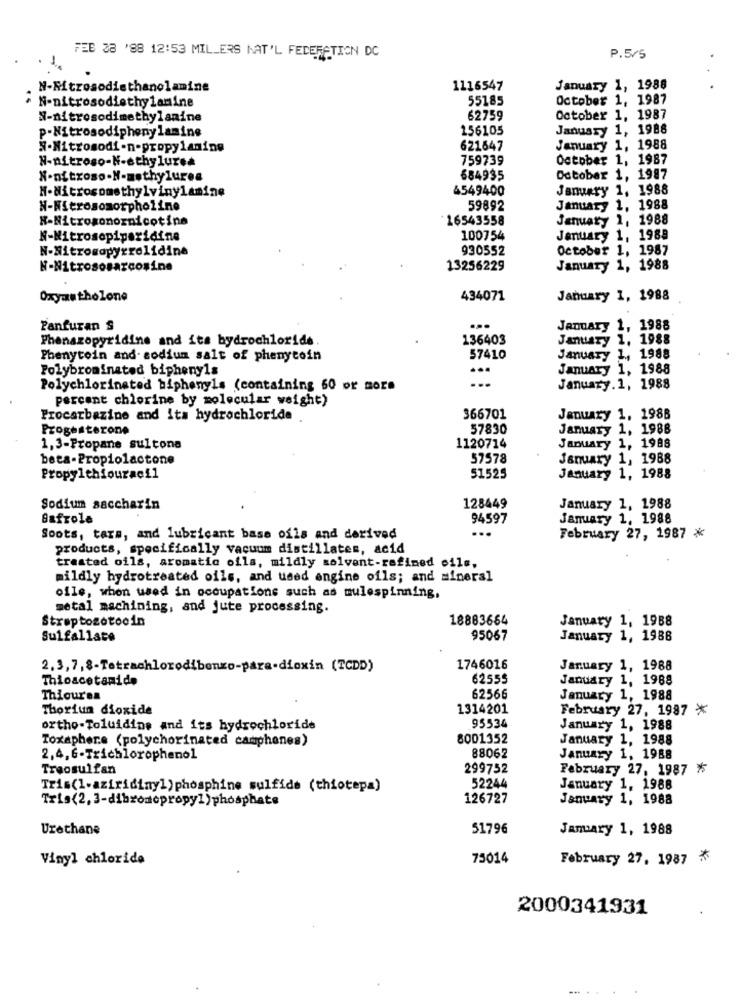
FEB 28 '88 12:53 MILLERS NAT'L FEDERATION DC
P.5/5
N-Nitrosodiethanolamine
1116547
January 1, 1988
N-nitrosodiethylamine
551,85
October 1, 1987
N-nitrosodimethylamine
62759
October 1, 1987
156105
January 1, 1986
p-Nitrosodiphenylamine
N-Nitrosodi -n-propylaming
621847
January 1, 1988
N-nitroso-N-ethylurea
759739
October 1, 1987
N-nitroso-N-methylurea
684935
October 1, 1987
H-Nitrosomsthylvinylamine
6549400
January 1, 1988
N-Nitrosomorpholine
59892
January 1, 1988
N-Nitrosonornicotine
16543558
January 1, 1988
N-Nitrosopiperidine
100754
January 1, 1988
N-Nitromapyrrolidine
930552
October 1, 1987
N-Nitrosomarcosine
13256229
January 1, 1988
Oxyautholone
434071
January 1, 1988
Panfuran S
...
January 1, 1988
Phenazopyridine and its hydrochloride.
136403
January 1, 1988
Phenytoin and sodium salt of phenytoin
57410
January 1, 1988
Polybrominated bipheny1s
...
January 1, 1988
Polychlorinated biphenyls (containing 60 or more
January.1, 1988
percent chlorine by molecular weight)
Procarbazine and its hydrochloride
366701
January 1, 1988
Progesterone
57830
January 1, 1988
1,3-Propane sultona
1120714
January 1, 1988
beta-Propiolactone
57578
January 1, 1988
Propylthiouraci1
51525
January 1, 1988
Sodium saccharin
128449
January 1, 1988
Bafrole
94597
January 1. 1988
...
Soots, tarm, and lubricant base ofls and derived
February 27, 1987 *
products, specifically vacuum distillates, acid
treated oils, aromatic ofla, mildly solvent-refined oil .,
mildly hydrotreated oils, and used engine oils; and mineral
ofle, when used in occupations such as mulespinning,
metal machining, and jute processing.
Streptozotocin
18883664
January 1, 1988
Sulfallace
95067
January 1, 1988
2.3, 7, 8-Tetrachlorodibenzo-para-dioxin (TCDD)
1746016
January 1, 1988
Thioacetamide
62555
January 1, 1988
Thicuren
62566
January 1, 1988
Thorium dioxide
1314201
February 27, 1987 *
ortho-Toluidine and its hydrochloride
95534
January 1, 1988
Toxaphere (polychorinated camphones)
8001352
January 1, 1988
2,4, 6-Trichlorophenol
88062
January 1, 1988
Treosulfan
299752
February 27, 1987 5
Tris(1-aziridinyl) phosphine sulfide (thiotepa)
52244
January 1, 1988
Tris(2, 3-dibrodopropyl)phosphate
126727
January 1, 1988
Urethane
51796
January 1, 1988
Vinyl chloride
75014
February 27, 1987 *
2000341931
-.. .